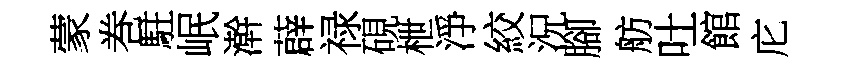
蒙巻駐岷澣薜禄硯枻淨絞況腳舫吐館庀